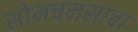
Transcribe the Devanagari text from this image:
सोमचमसाचा